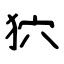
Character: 狖